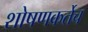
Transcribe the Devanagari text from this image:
शोषणकर्तेच